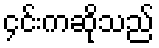
၄င်းကဆိုသည်